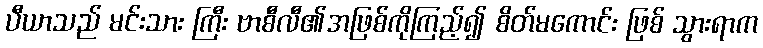
ပီယာသည် မင်းသား ကြီး ဗာစီလီ၏အဖြစ်ကိုကြည့်၍ စိတ်မကောင်း ဖြစ် သွားရာက